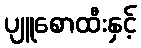
ပျူစောထီးနှင့်